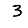
Digit: 3